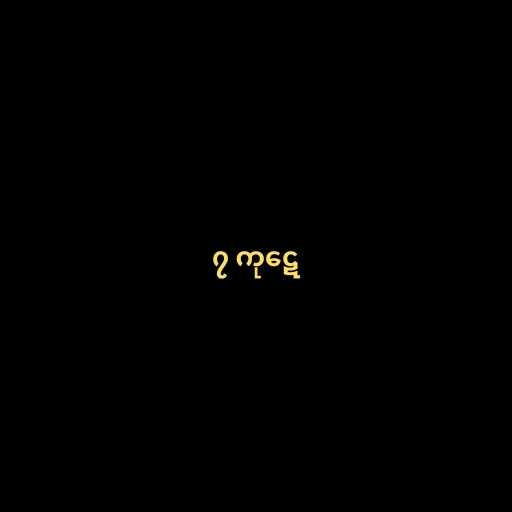
၇ ကုဋေ